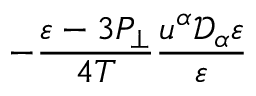
- \frac { \varepsilon - 3 P _ { \perp } } { 4 T } \frac { u ^ { \alpha } \mathcal { D } _ { \alpha } \varepsilon } { \varepsilon }